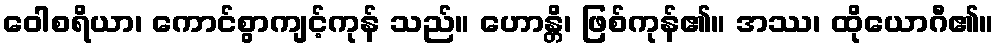
ဝေါစရိယာ၊ ကောင်စွာကျင့်ကုန် သည်။ ဟောန္တိ၊ ဖြစ်ကုန်၏။ အဿ၊ ထိုယောဂီ၏။